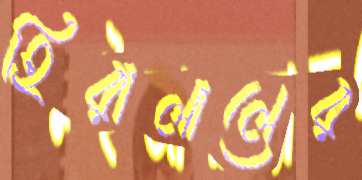
হিরালালের